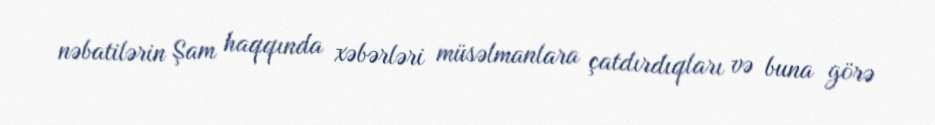
nəbatilərin Şam haqqında xəbərləri müsəlmanlara çatdırdıqları və buna görə